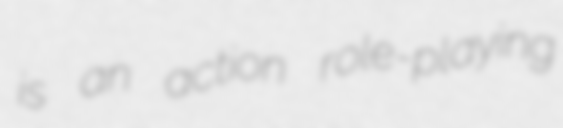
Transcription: is an action role-playing